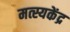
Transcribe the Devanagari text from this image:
मत्स्यकेंद्र